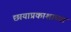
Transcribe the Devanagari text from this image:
छायाप्रकाशाच्या